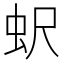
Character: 蚇